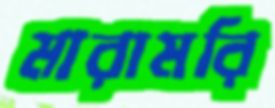
মারামরি